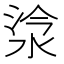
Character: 𣵂